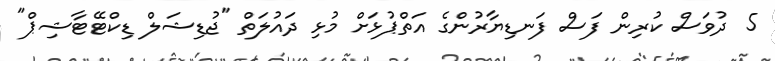
5 ދުވަަސް ކުރިން ފަސް ފަނޑިޔާރުންގެ އަތްޕުޅަށް މުޅި ދައުލަތް "ޖުޑިޝަލް ޑިކްޓޭޓާޝިޕް"